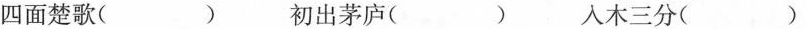
四面楚歌( ) 初出茅庐( ) 入木三分（）